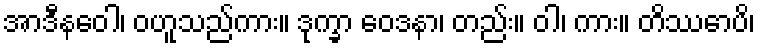
အာဒီနဝေါ၊ ဝဟူသည်ကား။ ဒုက္ခာ ဝေဒနာ၊ တည်း။ ဝါ၊ ကား။ တိဿောပိ၊